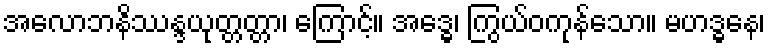
အလောဘနိဿန္ဒယုတ္တတ္တာ၊ ကြောင့်။ အဒ္ဓေ၊ ကြွယ်ဝကုန်သော။ မဟဒ္ဓနေ၊